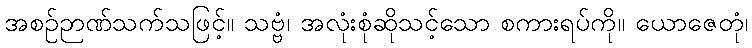
အစဉ်ဉာဏ်သက်သဖြင့်။ သဗ္ဗံ၊ အလုံးစုံဆိုသင့်သော စကားရပ်ကို။ ယောဇေတုံ၊